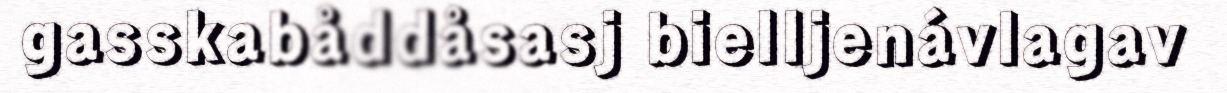
gasskabåddåsasj bielljenávlagav